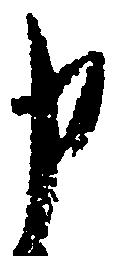
申